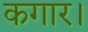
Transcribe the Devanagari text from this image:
कगार।